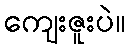
ကျေးဇူးပဲ။